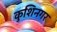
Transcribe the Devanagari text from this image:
कुशिनगर